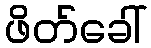
ဖိတ်ခေါ်